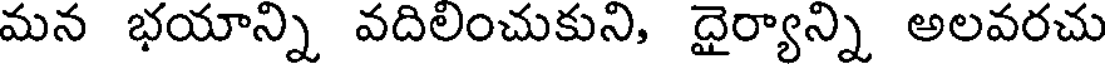
మన భయాన్ని వదిలించుకుని, దైర్యాన్ని అలవరచు